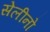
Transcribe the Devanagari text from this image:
सेलीनो